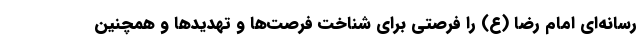
رسانه‌ای امام رضا (ع) را فرصتی برای شناخت فرصت‌ها و تهدید‌ها و همچنین